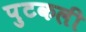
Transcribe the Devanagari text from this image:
पुटकली